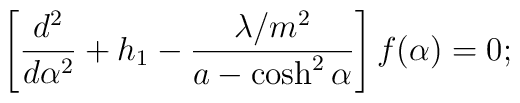
\left[\frac{d^2}{d\alpha^2}+h_1-\frac{\lambda/m^2}{a-\cosh^2\alpha}  \right]f(\alpha)=0;